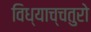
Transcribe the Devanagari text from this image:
विध्याच्चतुरो